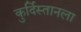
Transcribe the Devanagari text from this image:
कुर्दिस्तानला